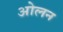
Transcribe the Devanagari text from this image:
ओलन